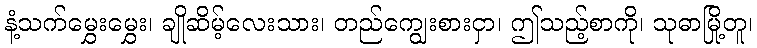
နံ့သက်မွှေးမွှေး၊ ချိုဆိမ့်လေးသား၊ တည်ကျွေးစားငှာ၊ ဤသည့်စာကို၊ သုဓာမြို့တူ၊